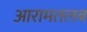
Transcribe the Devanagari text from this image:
आरामतलब